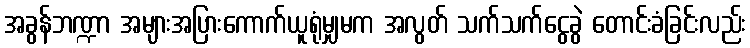
အခွန်ဘဏ္ဍာ အများအပြားကောက်ယူရုံမျှမက အလွတ် သက်သက်ငွေခွဲ တောင်းခံခြင်းလည်း